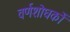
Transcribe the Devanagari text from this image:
वर्णशोधकों